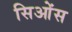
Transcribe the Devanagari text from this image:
सिओंस